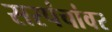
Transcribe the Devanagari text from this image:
सरपंचांवर